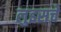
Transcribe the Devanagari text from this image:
लुइसचे